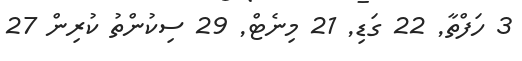
3 ހަފްތާ